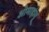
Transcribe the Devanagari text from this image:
ओमाहांगू